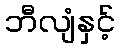
ဘီလျံနှင့်